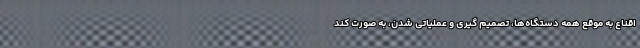
اقناع به موقع همه دستگاه‌‌ها، تصمیم گیری و عملیاتی شدن، به صورت کند